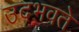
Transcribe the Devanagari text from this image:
उदभवते